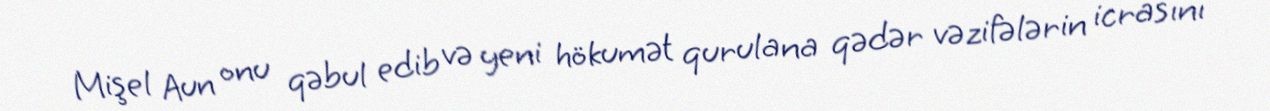
Mişel Aun onu qəbul edib və yeni hökumət qurulana qədər vəzifələrin icrasını